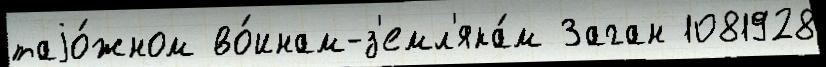
таjо́жном во́инам-з'емл'яка́м Заган 1081928